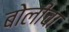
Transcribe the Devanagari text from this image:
बोलींचा